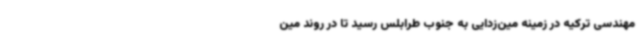
مهندسی ترکیه در زمینه مین‌زدایی به جنوب طرابلس رسید تا در روند مین